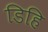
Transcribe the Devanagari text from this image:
डिहि